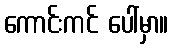
ကောင်းကင် ပေါ်မှာ။